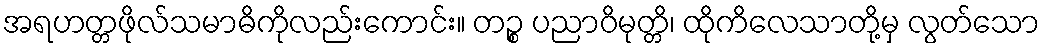
အရဟတ္တဖိုလ်သမာဓိကိုလည်းကောင်း။ တဉ္စ ပညာဝိမုတ္တိ၊ ထိုကိလေသာတို့မှ လွတ်သော